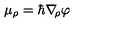
\mu _ { \rho } = \hbar \nabla \! _ { \rho } \varphi